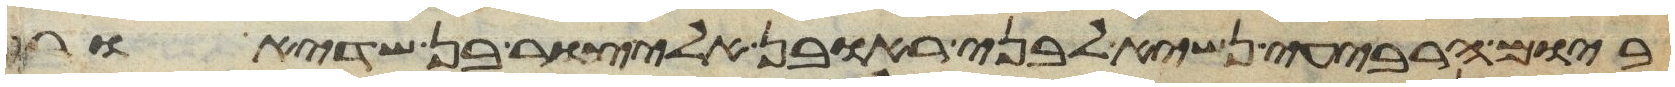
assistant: ביום הרביעי נשיא לבני ראובן אליצור בן שדיאור